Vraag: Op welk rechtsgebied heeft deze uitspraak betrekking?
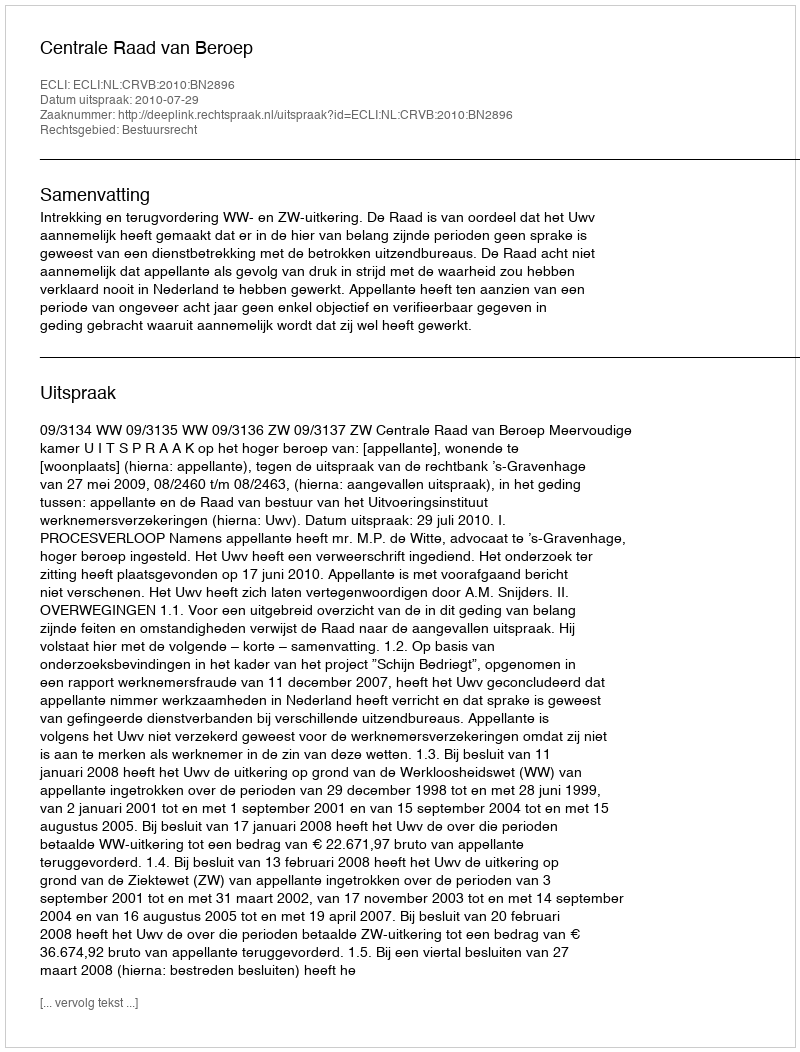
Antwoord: Bestuursrecht